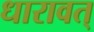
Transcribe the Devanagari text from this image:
धारावत्‌